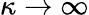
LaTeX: \kappa\rightarrow\infty